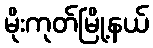
မိုးကုတ်မြို့နယ်